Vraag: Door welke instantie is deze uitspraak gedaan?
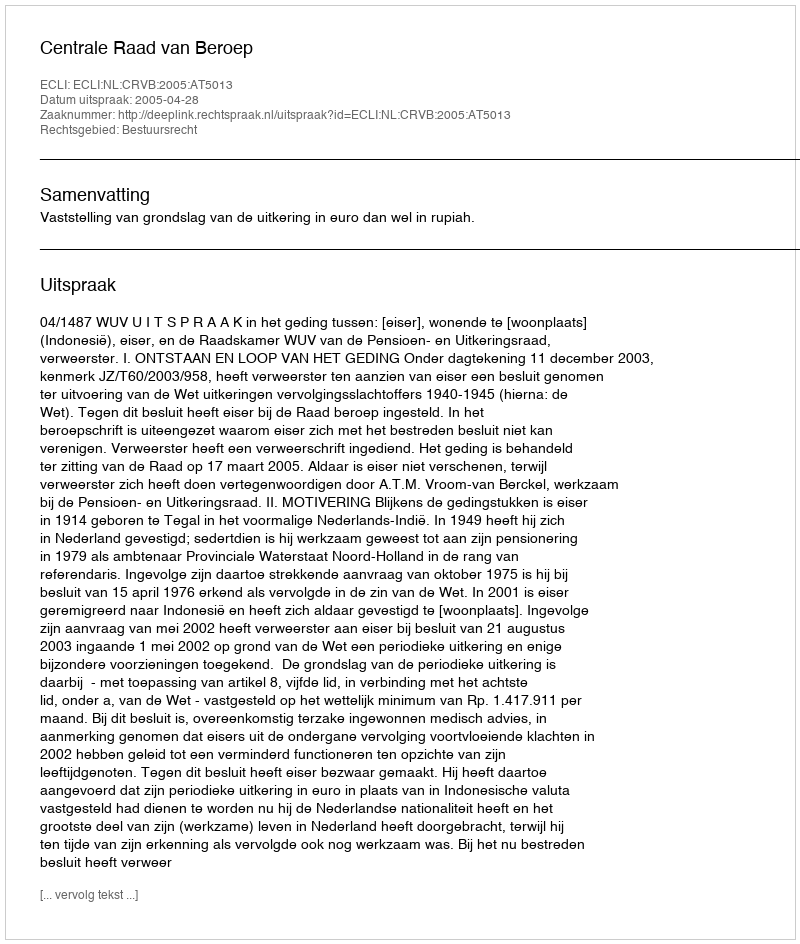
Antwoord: Centrale Raad van Beroep